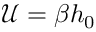
\mathcal { U } = \beta h _ { 0 }